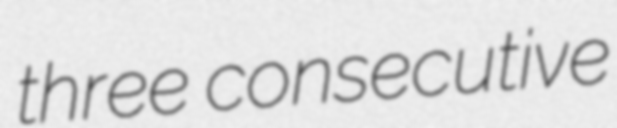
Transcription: three consecutive